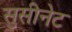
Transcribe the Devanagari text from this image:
सुसीनेट